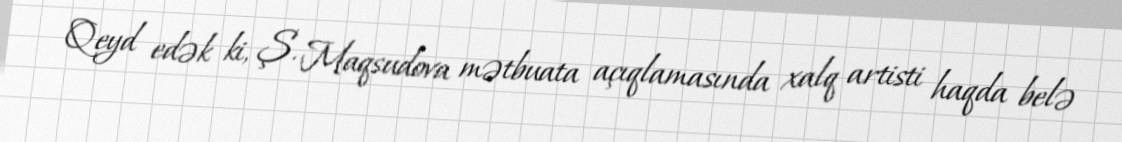
Qeyd edək ki, Ş. Maqsudova mətbuata açıqlamasında xalq artisti haqda belə